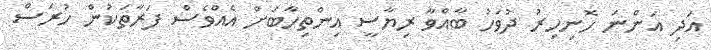
އަދި އަންނަ ހޮނިހިރު ދުވަހު ބާއްވާ ރިޔާސީ އިންތިހާބަށް އެއްވެސް ފަރާތަކުން ހުރަސް